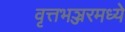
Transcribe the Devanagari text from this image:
वृत्तभञ्जरमध्ये